system: You are a helpful assistant.
user:
Analyze the provided spectrum to determine if it is a **Carbon Star (C-type)**.

- **Key Visual Indicators of Carbon Star:**
    - **(Primary):** Strong molecular absorption from **C₂ (diatomic carbon) "Swan Bands."** This is the **defining feature** of a carbon star.
        - **(Key Bandheads):** Sharp absorption edges are visible at approximately $5635$ Å, $5165$ Å (the strongest band), and $4737$ Å.
        - **(Line Profile):** Creates a distinct **"saw-tooth"** pattern. The key morphology is a sharp, steep bandhead on the **red (long-wavelength) side**, which then gradually tapers off (i.e., flux recovers) towards the **blue (short-wavelength) side**. *(This is the direct opposite of the TiO bands seen in M-type stars)*.

    - **(Secondary):** Intense **CN (cyanogen)** molecular absorption bands.
        - **(Key Bandheads):** Located in the blue and violet regions of the spectrum (e.g., near $4215$ Å and $3883$ Å).
        - **(Morphology):** These bands are extremely broad and act as a "blanket," absorbing the vast majority of blue and violet light. This creates a characteristic **"cliff"** or **"steep drop-off"** in the spectrum's flux at short wavelengths.

    - **(Key Confirmation):** Strong **CH absorption band (G-band)**.
        - **(Key Bandhead):** Located around $4300$ Å. The contribution from CH molecules to this band is exceptionally strong.

    - **(Overall Spectrum):**
        - The continuum is severely "chopped up" by these deep molecular bands, especially C₂, rather than appearing as a smooth curve.
        - Due to the heavy CN and C₂ absorption in the blue-green, the vast majority of the star's flux is concentrated in the red part of the spectrum, giving the star its characteristic deep red color.

Think first, call **spectral_visualization_tool** if needed to examine features in detail, then provide your final answer. Your response must adhere to the following strict rules:
1.  **Overall Structure:** Your response must follow the format `<think>...</think> <tool_call>...</tool_call> (if a tool is used) <answer>...</answer>`.
2.  **Tool Usage Constraint:** You may only make **one** tool call per turn.
3.  **Final Answer Format:** In the `<answer>` tag, your conclusion must be inside a `\boxed{}` command (e.g., `\boxed{YES}`), followed by your justification.

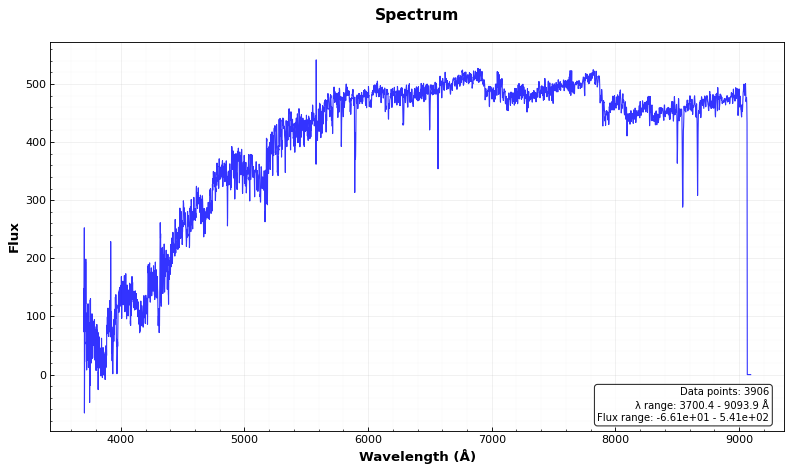
Answer: YES